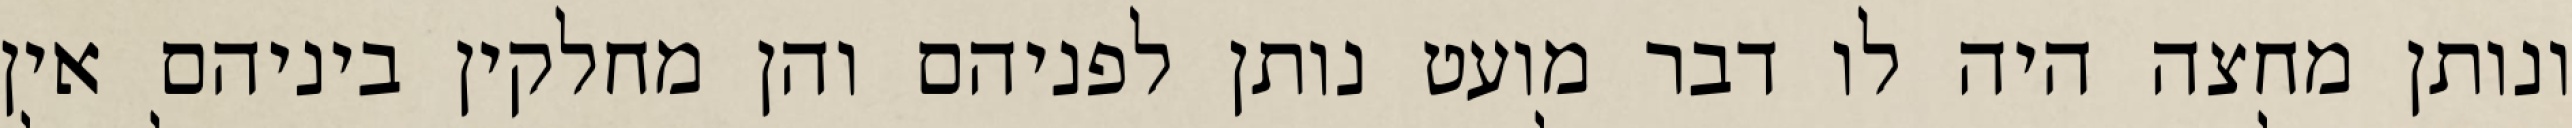
ונותן מחצה היה לו דבר מועט נותן לפניהם והן מחלקין ביניהם אין